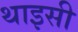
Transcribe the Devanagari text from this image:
थाइसी